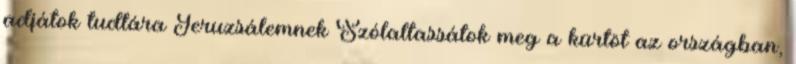
adjátok tudtára Jeruzsálemnek Szólaltassátok meg a kürtöt az országban,